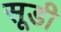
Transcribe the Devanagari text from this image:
सूडी